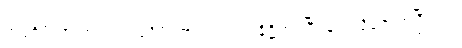
ကုရုင်္ဂမိဂဇာတကံ၊ ကုရုင်္ဂမိဂဇာတ်သည်။ နိဋ္ဌိတံ၊ ပြီးခြင်းသို့ရောက်ပြီ။ ၂၂၊